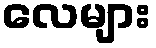
လေများ